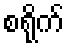
စရိုက်